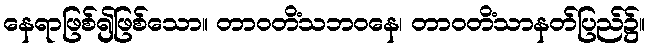
နေရာဖြစ်၍ဖြစ်သော။ တာဝတိံသဘဝနေ၊ တာဝတိံသာနတ်ပြည်၌။